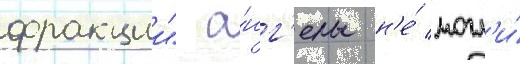
фракции" а́нг'елы н'е́ могл'и́